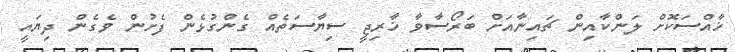
ޚާއްސަކޮށް ލަންކާއިން ޗައިނާއަށް ބަރޯސާވާ ޚާރިޖީ ސިޔާސަތެއް ގެންގުޅެން ފެށުން ވެގެން ދިޔައީ